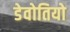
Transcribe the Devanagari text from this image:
डेवोतियो